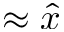
\approx \hat { x }